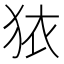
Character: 𭸈